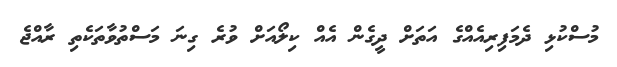
މުސްކުޅި ދެމަފިރިއެއްގެ އަތަށް ދީގެން އެއް ކިލޯއަށް ވުރެ ގިނަ މަސްތުވާތަކެތި ރާއްޖެ